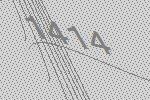
1414